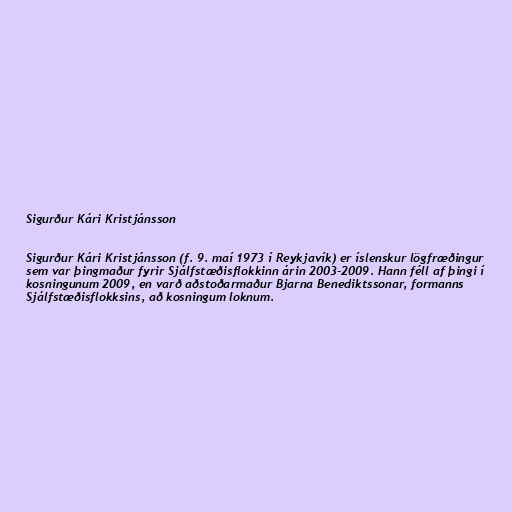
Sigurður Kári Kristjánsson

Sigurður Kári Kristjánsson (f. 9. maí 1973 í Reykjavík) er íslenskur lögfræðingur
sem var þingmaður fyrir Sjálfstæðisflokkinn árin 2003-2009. Hann féll af þingi í
kosningunum 2009, en varð aðstoðarmaður Bjarna Benediktssonar, formanns
Sjálfstæðisflokksins, að kosningum loknum.